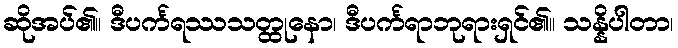
ဆိုအပ်၏။ ဒီပင်္ကရဿသတ္ထုနော၊ ဒီပင်္ကရာဘုရားရှင်၏။ သန္နိပါတာ၊